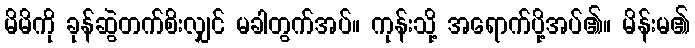
မိမိကို ခုန်ဆွဲတက်စိးလျှင် မခါတွက်အပ်။ ကုန်းသို့ အရောက်ပို့အပ်၏။ မိန်းမ၏